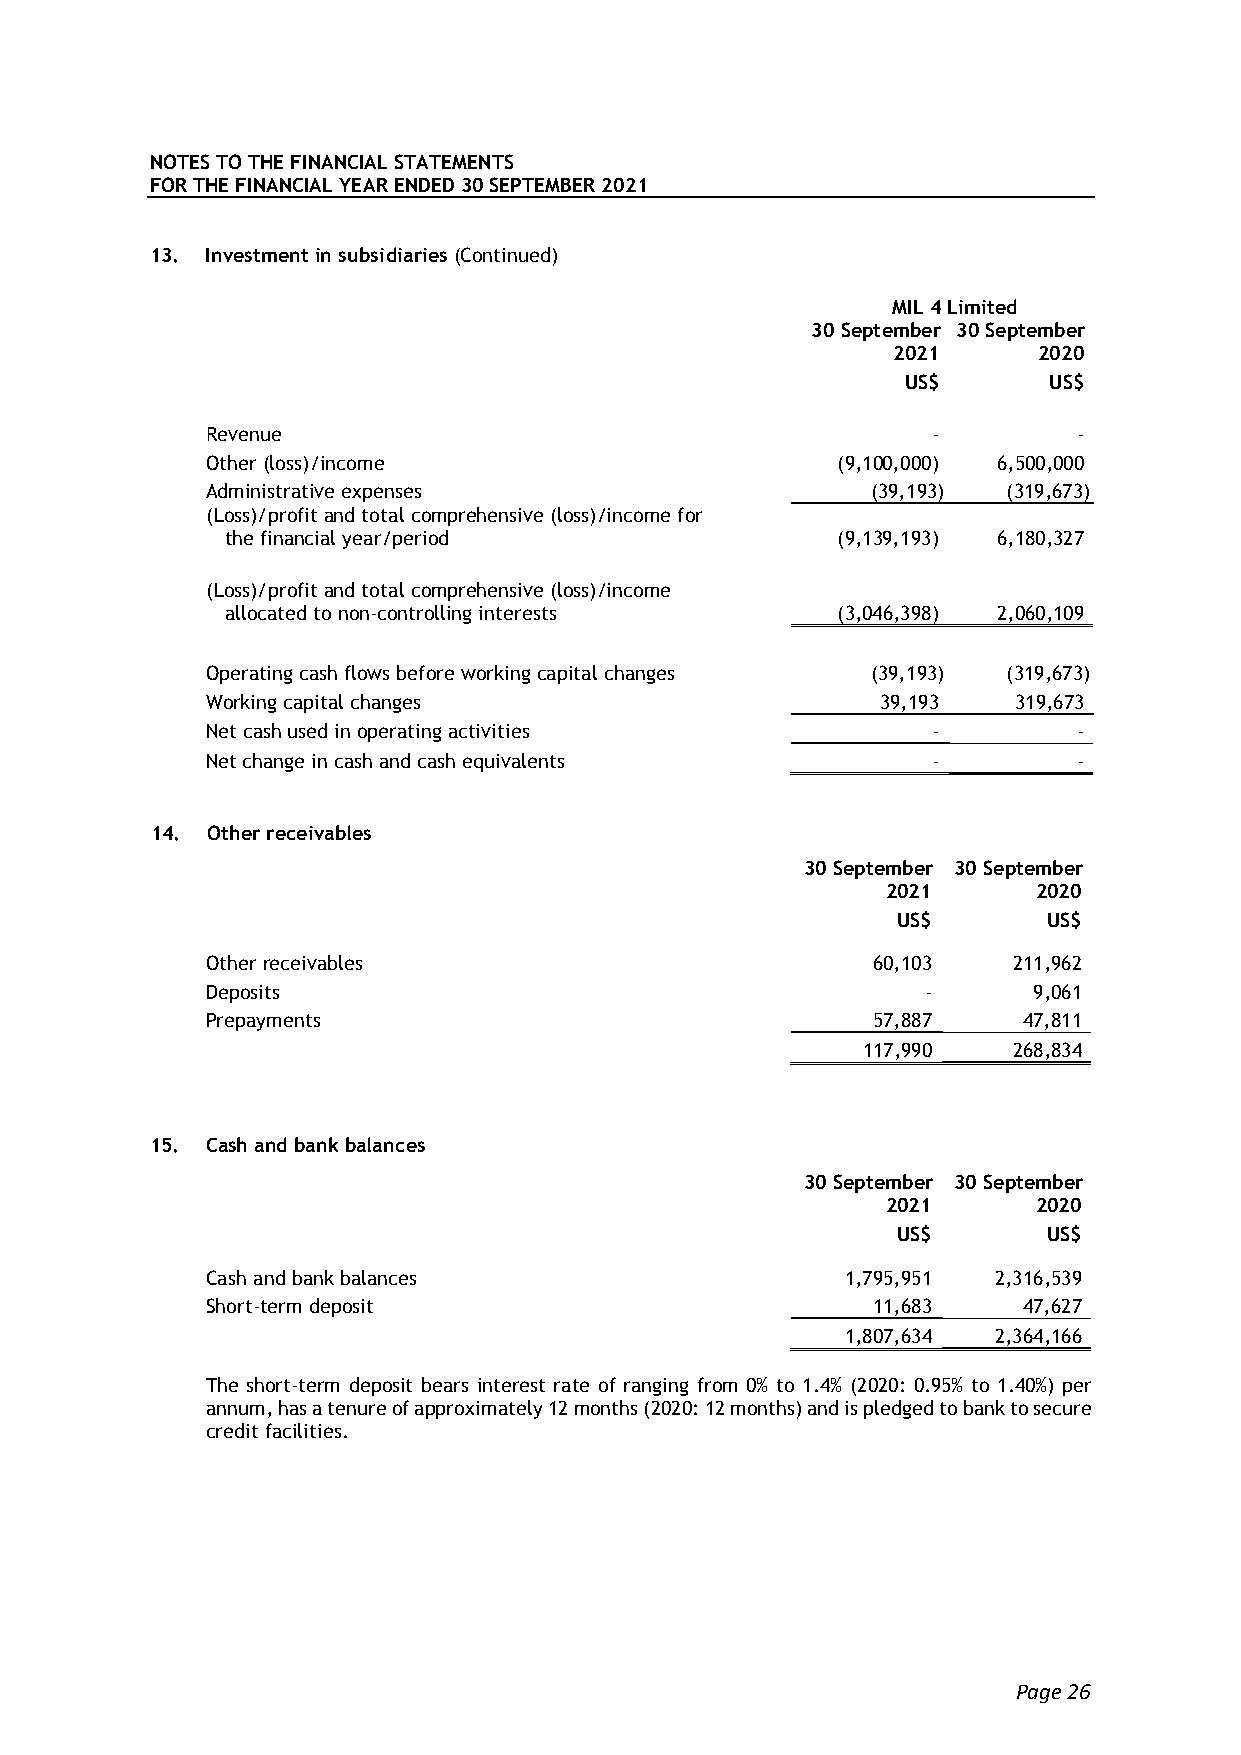
NOTES TO THE FINANCIAL STATEMENTS
 FOR THE FINANCIAL YEAR ENDED 30 SEPTEMBER 2021
 13. Investment in subsidiaries (Continued)
 MIL 4 Limited
 30 September 30 September
 2021      2020
 US$      US$
 Revenue                                         -        -
 Other (loss)/income                      (9,100,000) 6,500,000
 Administrative expenses                     (39,193) (319,673)
 (Loss)/profit and total comprehensive (loss)/income for
 the financial year/period               (9,139,193) 6,180,327
 (Loss)/profit and total comprehensive (loss)/income
 allocated to non-controlling interests  (3,046,398) 2,060,109
 Operating cash flows before working capital changes (39,193) (319,673)
 Working capital changes                     39,193   319,673
 Net cash used in operating activities           -        -
 Net change in cash and cash equivalents         -        -
 14. Other receivables
 30 September 30 September
 2021      2020
 US$       US$
 Other receivables                           60,103   211,962
 Deposits                                       -      9,061
 Prepayments                                 57,887    47,811
 117,990   268,834
 15. Cash and bank balances
 30 September 30 September
 2021      2020
 US$       US$
 Cash and bank balances                    1,795,951 2,316,539
 Short-term deposit                          11,683    47,627
 1,807,634 2,364,166
 The short-term deposit bears interest rate of ranging from 0% to 1.4% (2020: 0.95% to 1.40%) per
 annum, has a tenure of approximately 12 months (2020: 12 months) and is pledged to bank to secure
 credit facilities.
 Page 26